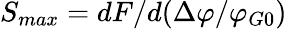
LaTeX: {S_{max}}=dF\mathrm{{/}}d(\Delta\varphi/\varphi_{G0})